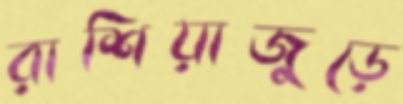
রাশিয়াজুড়ে